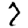
Digit: 7